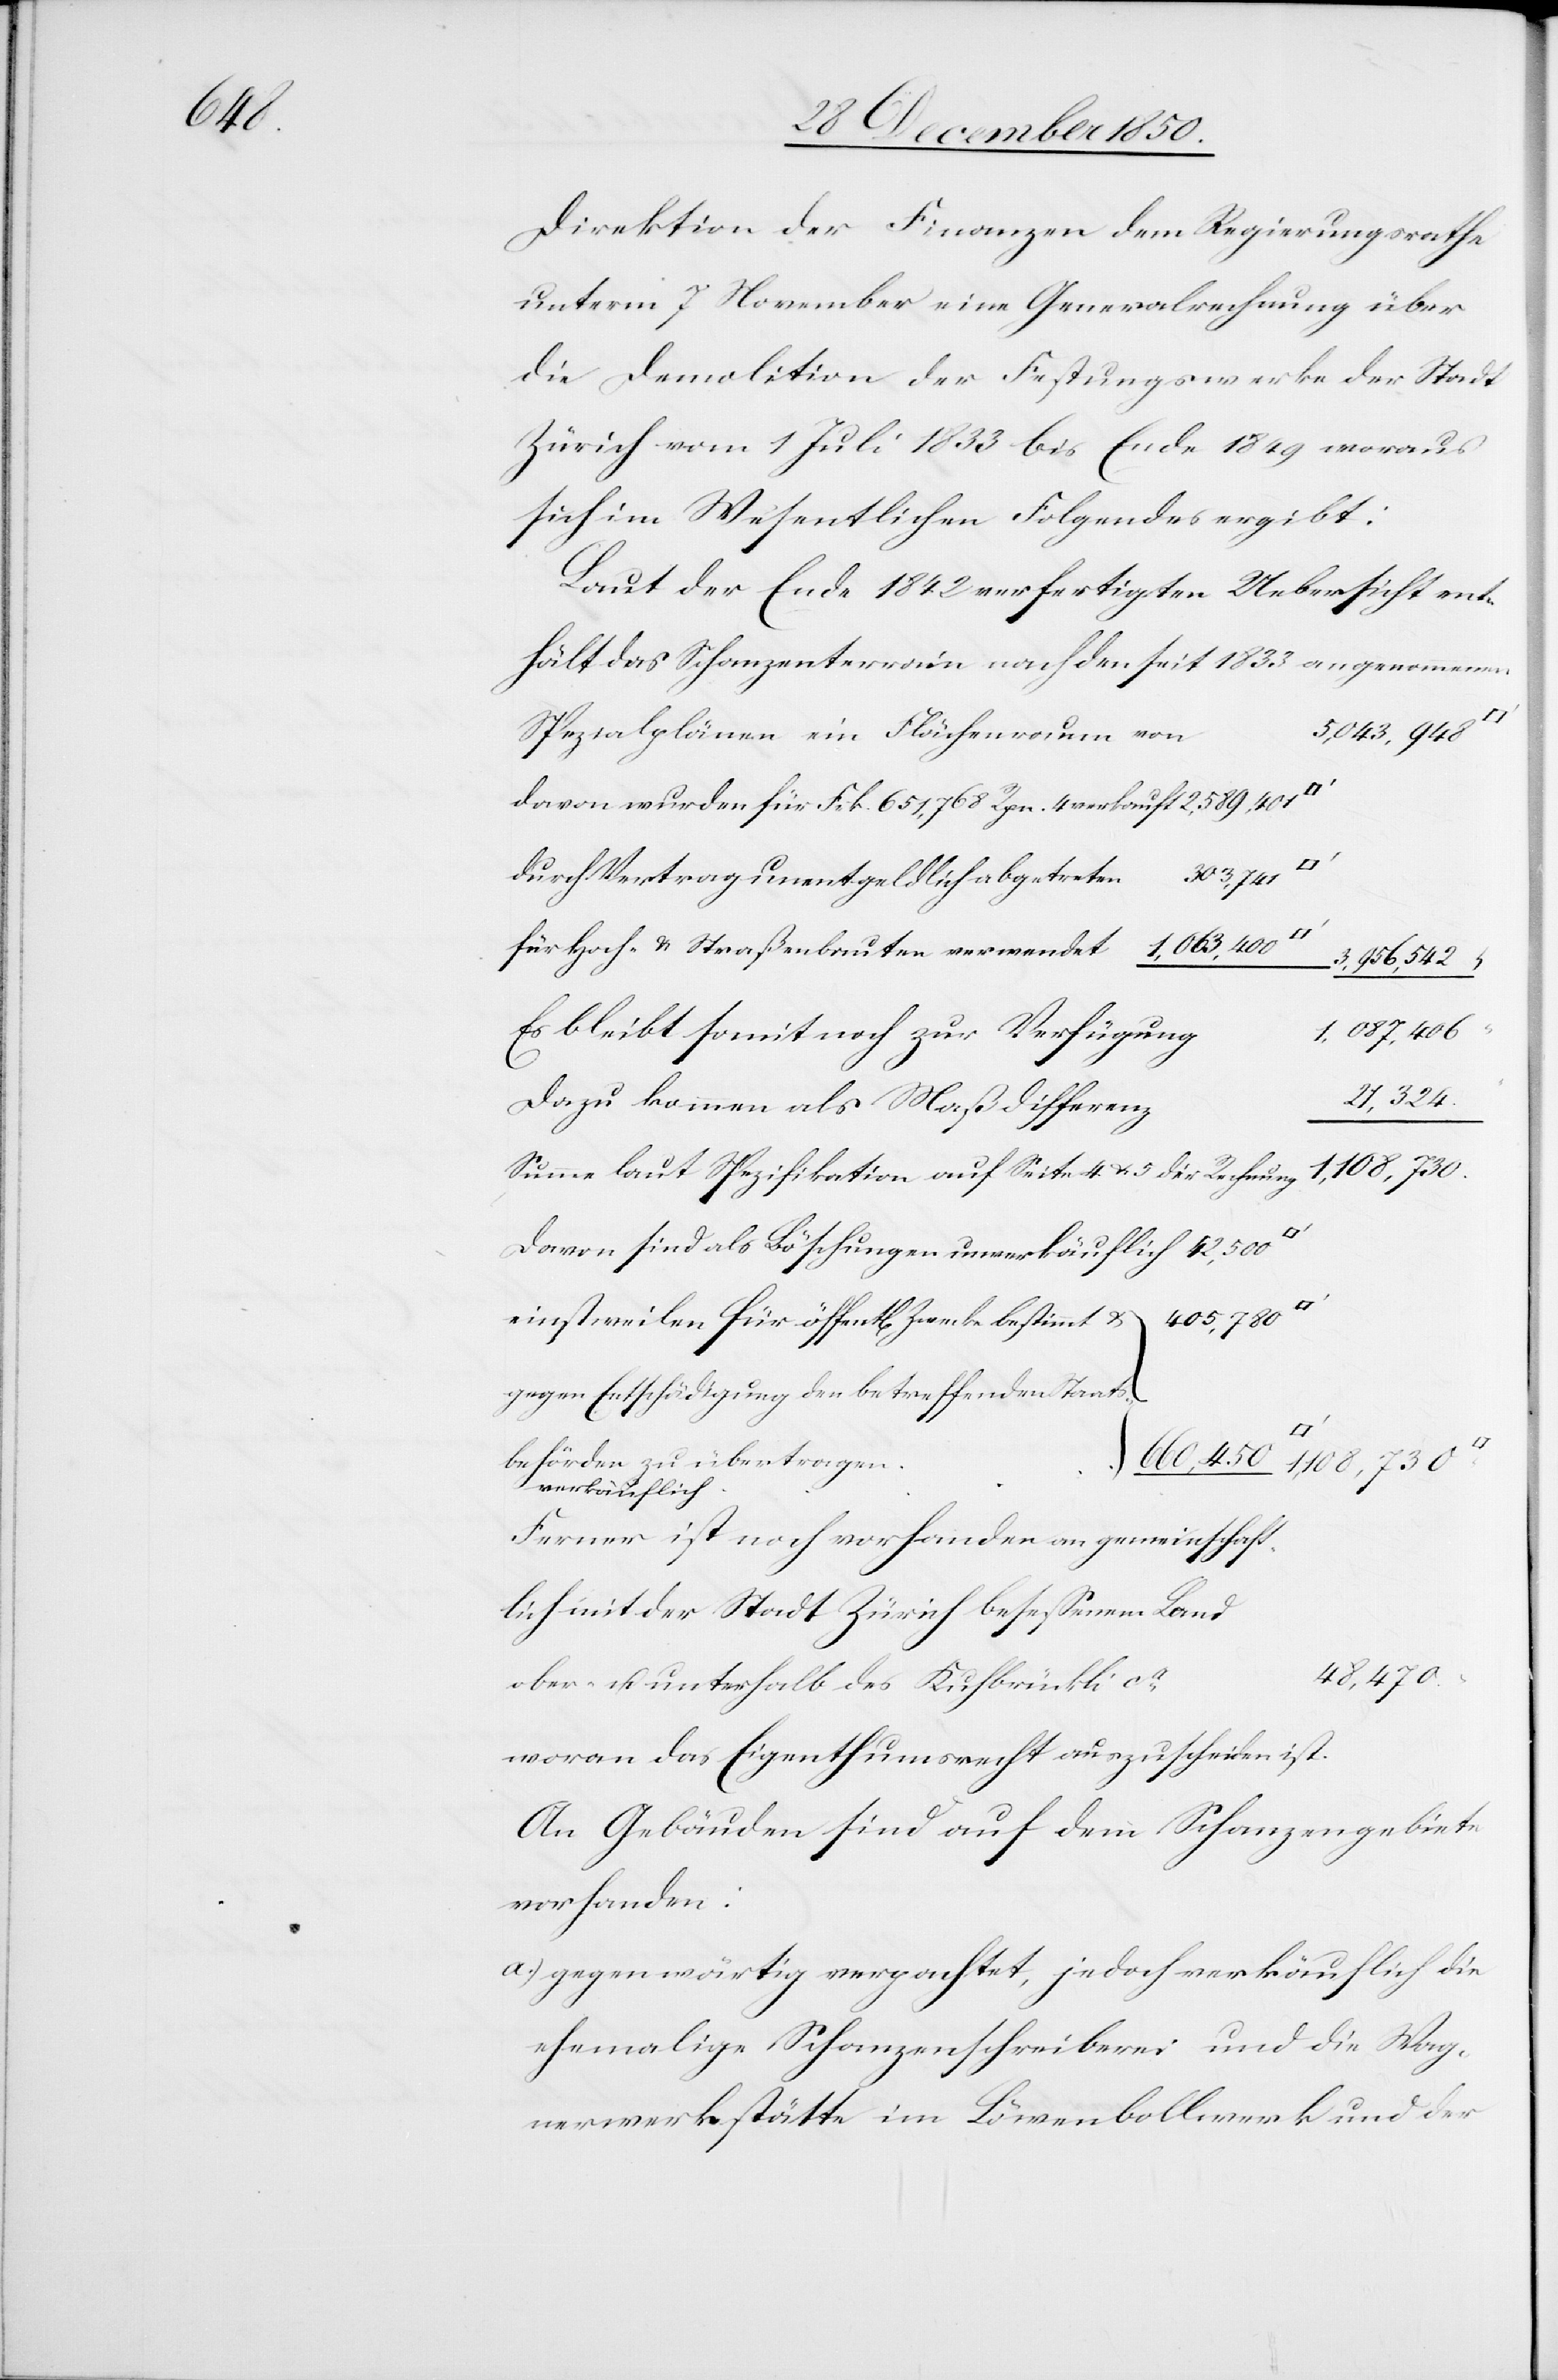
Direktion der Finanzen dem Regierungsrathe
unterm 7 November eine Generalrechnung über
die Demolition der Festungswerke der Stadt
Zürich vom 1 Juli 1833 bis Ende 1849 woraus
sich im Wesentlichen Folgendes ergibt:
Laut der Ende 1842 verfertigten Uebersicht ent¬
hält das Schanzenterrain nach den seit 1833 angenommenen
Spezialplänen ein Flächenraum von
davon wurden für Frk 651,768 Rpn. 4 verkauft
durch Vertrag unentgeldlich abgetreten
für Hoch- & Straßenbauten verwendet
3,956,542
Es bleibt somit noch zur Verfügung
21,324
Dazu kommen als Maßdifferenz
1,108,730
Summe laut Spezifikation auf Seite 4 u. 5 der Rechnung
Davon sind als Löschungen unverkäuflich
405,780
einstweilen für öffent[liche] Zwecke bestimmt u.
gegen Entschädigung den betreffenden Staats¬
behörden zu übertragen
verkäuflich
Ferner ist noch vorhanden an gemeinschaft¬
lich mit der Stadt Zürich besessenem Land
48,470
ober- u. unterhalb des Kuhbrückli ca
An Gebäuden sind auf dem Schanzengebiete
vorhanden:
a.) gegenwärtig verpachtet, jedoch verkäuflich die
ehemalige Schanzenschreiberei und die Wag¬
nerwerkstätte im Löwenbollwerk und der